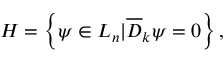
{ \cal H } = \left\{ \psi \in { \cal L } _ { n } | { \overline { { { \cal D } } } } _ { k } \psi = 0 \right\} ,